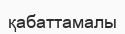
қабаттамалы